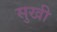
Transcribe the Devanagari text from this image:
सुखी